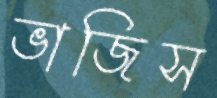
ভাজিস